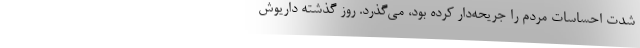
شدت احساسات مردم را جریحه‌دار کرده بود، می‌گذرد. روز گذشته داریوش